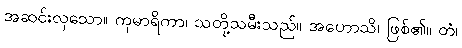
အဆင်းလှသော။ ကုမာရိကာ၊ သတို့သမီးသည်။ အဟောသိ၊ ဖြစ်၏။ တံ၊